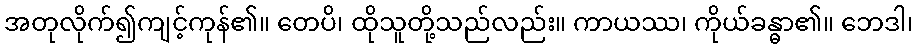
အတုလိုက်၍ကျင့်ကုန်၏။ တေပိ၊ ထိုသူတို့သည်လည်း။ ကာယဿ၊ ကိုယ်ခန္ဓာ၏။ ဘေဒါ၊